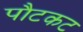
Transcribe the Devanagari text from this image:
पौटकट